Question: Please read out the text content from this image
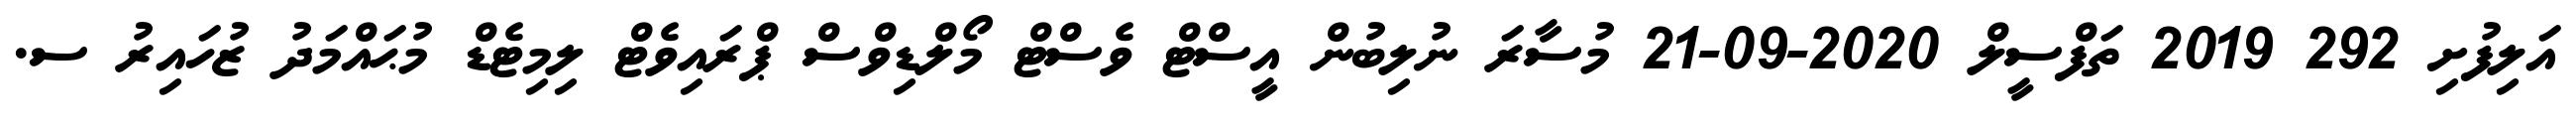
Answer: އަލިފުށި 292 2019 ތަފްސީލް 2020-09-21 މުސާރަ ނުލިބުން އީސްޓް ވެސްޓް މޯލްޑިވްސް ޕްރައިވެޓް ލިމިޓެޑް މުޙައްމަދު ޒުހައިރު ސ.